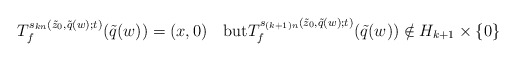
\begin{align*}T_f^{s_{kn}(\tilde{z}_0,\tilde{q}(w);t)}(\tilde{q}(w))=(x,0)\quad\mbox{but}T_f^{s_{(k+1)n}(\tilde{z}_0,\tilde{q}(w);t)}(\tilde{q}(w))\notin H_{k+1}\times\{0\}\end{align*}